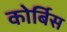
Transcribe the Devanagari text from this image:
कोर्बिस